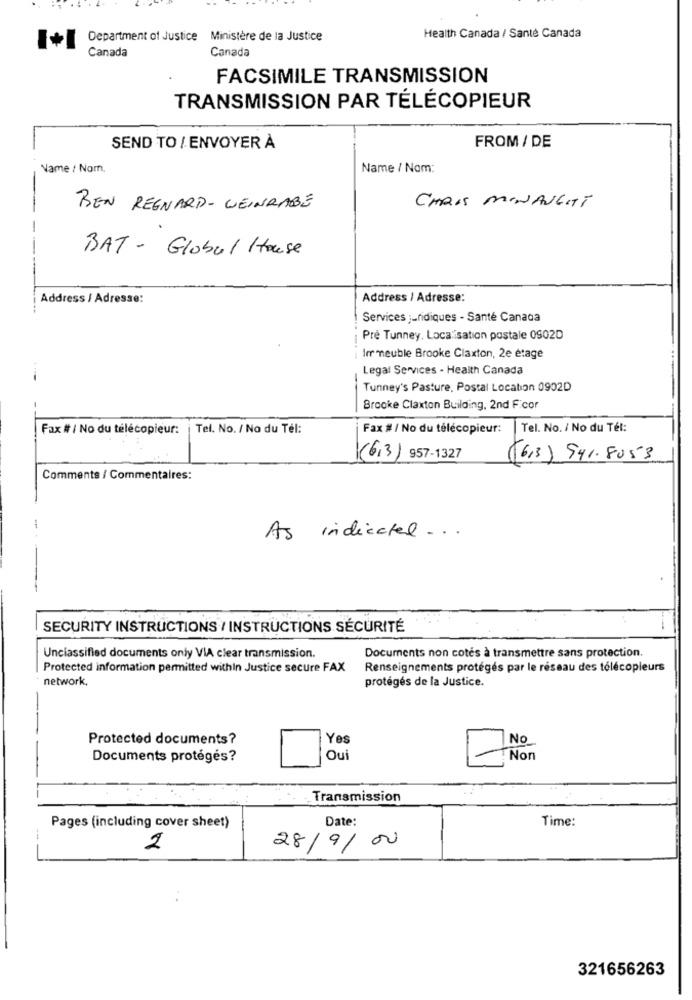
Department of Justice Ministère de la Justice
Health Canada / Santé Canada
Canada
Canada
FACSIMILE TRANSMISSION
TRANSMISSION PAR TÉLÉCOPIEUR
SEND TO / ENVOYER À
FROM / DE
Name / Nom.
Name / Nom:
BEN REGNARD- WEINRABE
CHRIS MINAUGHT
-
BAT - Global House
Address / Adresse:
Address / Adresse:
Services juridiques - Santé Canada
Pré Tunney. Loca isation postale 0902D
Irr meuble Brooke Claxton, 2e étage
Legal Services - Health Canada
Tunney's Pasture, Postal Location 0902D
Brooke Claxton Building, 2nd Ficor
Fax # / No du telecopieur:
Tel. No. / No du Tél:
Fax # / No du télécopieur:
Tel. No. / No du Tel:
(6,3) 957-1327
(63) 941.8053
Comments / Commentaires:
As indicated ...
SECURITY INSTRUCTIONS / INSTRUCTIONS SÉCURITÉ
Unclassified documents only VIA clear transmission.
Documents non cotés à transmettre sans protection.
Protected information permitted within Justice secure FAX
Renseignements protégés par le réseau des télécopieurs
network,
protégés de la Justice.
Protected documents?
Yes
No
Documents protégés?
Oui
Non
Transmission
Date:
Time:
Pages (including cover sheet)
2
28/9/00
321656263